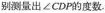
别测量出∠CDP的度数.